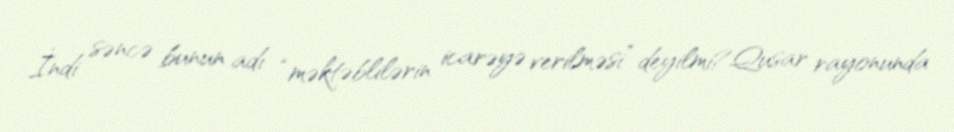
İndi səncə bunun adı “məktəblilərin icarəyə verilməsi” deyilmi?Qusar rayonunda